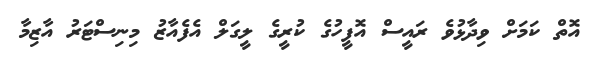
އޮތް ކަމަށް ވިދާޅުވެ ރައީސް އޮފީހުގެ ކުރީގެ ލީގަލް އެފެއާޒު މިނިސްޓަރު އާޒިމާ